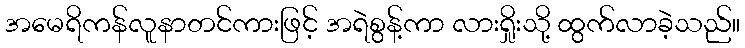
အမေရိကန်လူနာတင်ကားဖြင့် အရဲစွန့်ကာ လားရှိုးသို့ ထွက်လာခဲ့သည်။